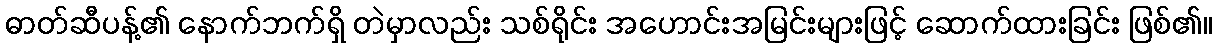
ဓာတ်ဆီပန့်၏ နောက်ဘက်ရှိ တဲမှာလည်း သစ်ရိုင်း အဟောင်းအမြင်းများဖြင့် ဆောက်ထားခြင်း ဖြစ်၏။